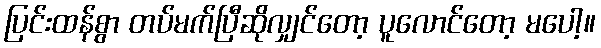
ပြင်းထန်စွာ တပ်မက်ပြီဆိုလျှင်တော့ ပူလောင်တော့ မပေါ့။